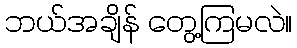
ဘယ်အချိန် တွေ့ကြမလဲ။